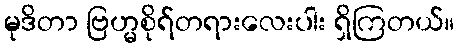
မုဒိတာ ဗြဟ္မစိုရ်တရားလေးပါး ရှိကြတယ်။